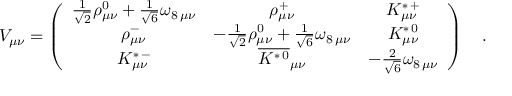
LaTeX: V _ { \mu \nu } = \left( \begin{array} { c c c } { { \frac { 1 } { \sqrt { 2 } } \rho _ { \mu \nu } ^ { 0 } + \frac { 1 } { \sqrt { 6 } } \omega _ { 8 \, \mu \nu } } } & { { \rho _ { \mu \nu } ^ { + } } } & { { K _ { \mu \nu } ^ { \ast \, + } } } \\ { { \rho _ { \mu \nu } ^ { - } } } & { { - \frac { 1 } { \sqrt { 2 } } \rho _ { \mu \nu } ^ { 0 } + \frac { 1 } { \sqrt { 6 } } \omega _ { 8 \, \mu \nu } } } & { { K _ { \mu \nu } ^ { \ast \, 0 } } } \\ { { K _ { \mu \nu } ^ { \ast \, - } } } & { { \overline { { { K ^ { \ast \, 0 } } } } _ { \mu \nu } } } & { { - \frac { 2 } { \sqrt { 6 } } \omega _ { 8 \, \mu \nu } } } \end{array} \right) \quad .